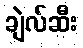
ချဲလ်ဆီး